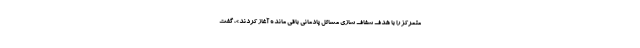
متمرکز را با هدف شفاف سازی مسائل پادمانی باقی مانده آغاز کردند»، گفت